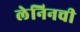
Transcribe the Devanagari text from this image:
लेनिनची